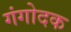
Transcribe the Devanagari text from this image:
गंगोदक